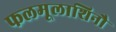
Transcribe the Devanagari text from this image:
फलमूलाशिनौ